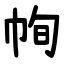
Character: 㡄